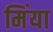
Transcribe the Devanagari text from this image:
मिंया